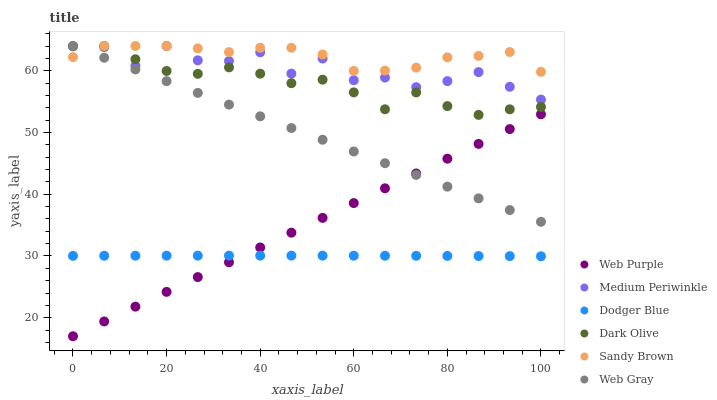
| xaxis_label | Web Purple | Medium Periwinkle | Dodger Blue | Dark Olive | Sandy Brown | Web Gray |
 | --- | --- | --- | --- | --- | --- | --- |
 | 0 | 17 | 64 | 30 | 63.9 | 62.2 | 64 |
 | 6.67 | 19.4 | 63.8 | 30 | 64 | 64 | 62.1 |
 | 13.3 | 21.8 | 60.8 | 30 | 61.9 | 64 | 60.2 |
 | 20 | 24.2 | 64 | 30.1 | 60 | 64 | 58.3 |
 | 26.7 | 26.6 | 61.7 | 30.1 | 59.5 | 63.6 | 56.4 |
 | 33.3 | 29 | 61.6 | 30.1 | 60.5 | 63 | 54.5 |
 | 40 | 31.4 | 63 | 30.1 | 59.5 | 63.7 | 52.6 |
 | 46.7 | 33.8 | 59.5 | 30.1 | 58 | 63.7 | 50.7 |
 | 53.3 | 36.2 | 62 | 30.1 | 58.5 | 62.6 | 48.8 |
 | 60 | 38.6 | 58.5 | 30 | 56.5 | 60 | 46.9 |
 | 66.7 | 41 | 58.9 | 30 | 53.8 | 60 | 45 |
 | 73.3 | 43.4 | 57.3 | 30 | 56.5 | 60.5 | 43.1 |
 | 80 | 45.8 | 58.3 | 30 | 54.3 | 62.2 | 41.2 |
 | 86.7 | 48.2 | 59.8 | 30 | 52.8 | 62.4 | 39.3 |
 | 93.3 | 50.5 | 57.4 | 30 | 53.7 | 63 | 37.4 |
 | 100 | 52.9 | 55.3 | 30 | 54.1 | 59.8 | 35.5 |